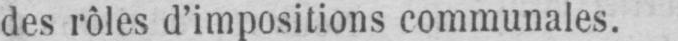
des rôles d’impositions communales.